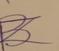
Signature authenticity: forged